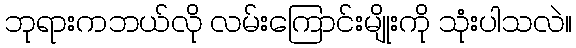
ဘုရားကဘယ်လို လမ်းကြောင်းမျိုးကို သုံးပါသလဲ။